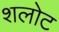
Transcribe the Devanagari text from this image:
शलोट